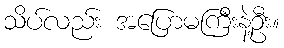
သိပ်လည်း အပြောမကြီးနဲ့ဦး။